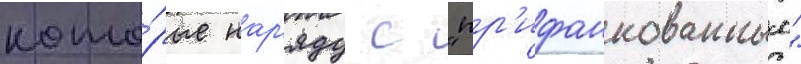
кото́рые нар'яду с "пр'ифанкованным"